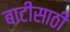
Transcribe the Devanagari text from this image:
बाटीसाठी